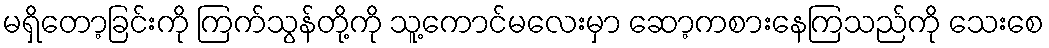
မရှိတော့ခြင်းကို ကြက်သွန်တို့ကို သူ့ကောင်မလေးမှာ ဆော့ကစားနေကြသည်ကို သေးစေ